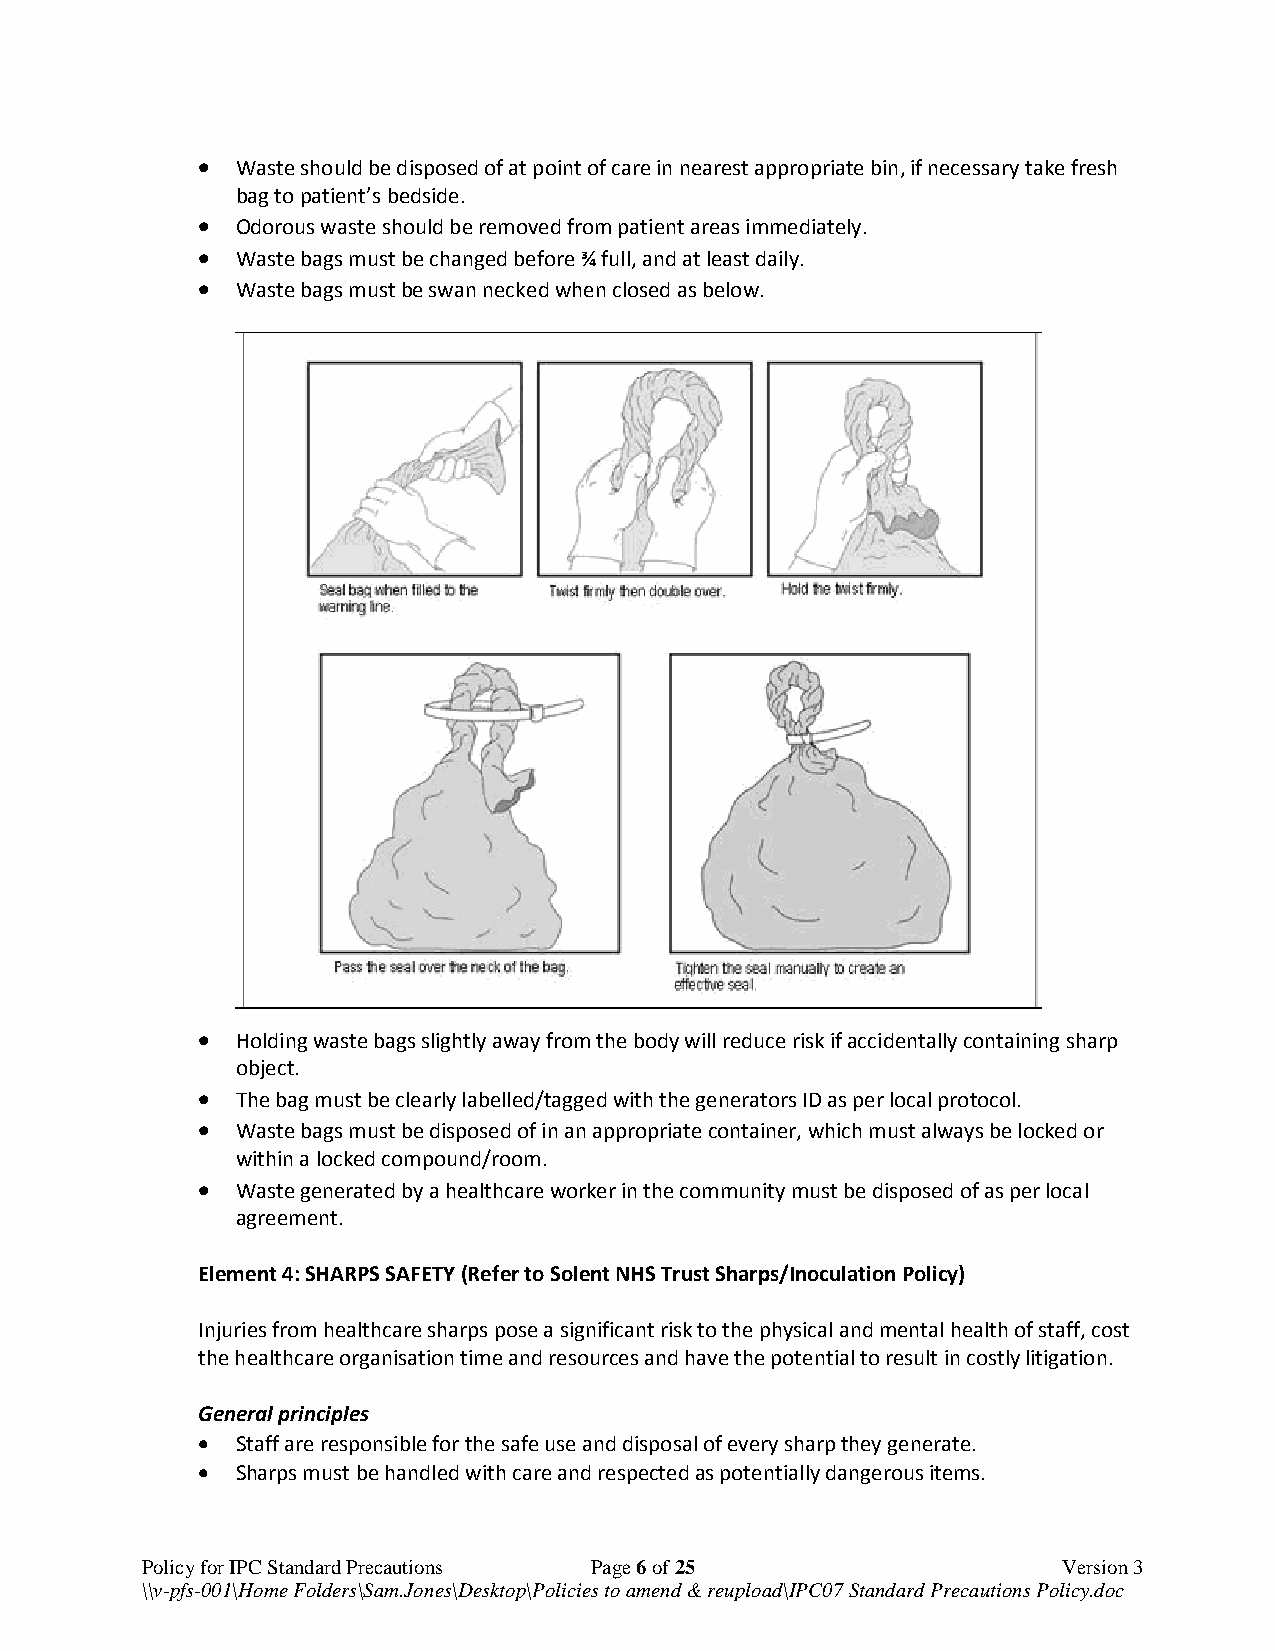
  Waste should be disposed of at point of care in nearest appropriate bin, if necessary take fresh
 bag to patient’s bedside.
   Odorous waste should be removed from patient areas immediately.
   Waste bags must be changed before ¾ full, and at least daily.
   Waste bags must be swan necked when closed as below.
   Holding waste bags slightly away from the body will reduce risk if accidentally containing sharp
 object.
   The bag must be clearly labelled/tagged with the generators ID as per local protocol.
   Waste bags must be disposed of in an appropriate container, which must always be locked or
 within a locked compound/room.
   Waste generated by a healthcare worker in the community must be disposed of as per local
 agreement.
 Element 4: SHARPS SAFETY (Refer to Solent NHS Trust Sharps/Inoculation Policy)
 Injuries from healthcare sharps pose a significant risk to the physical and mental health of staff, cost
 the healthcare organisation time and resources and have the potential to result in costly litigation.
 General principles
   Staff are responsible for the safe use and disposal of every sharp they generate.
   Sharps must be handled with care and respected as potentially dangerous items.
 Policy for IPC Standard Precautions Page 6 of 25             Version 3
 \\v-pfs-001\Home Folders\Sam.Jones\Desktop\Policies to amend & reupload\IPC07 Standard Precautions Policy.doc